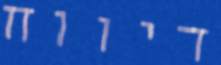
דיווח